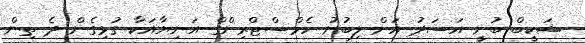
ޝަކީބް ބުނީ އަސަދު އަށް ލިބުނު ހެމްސްޓްރިންގް އަނިޔާއަކާ ގުޅިގެން ދެ ތިން